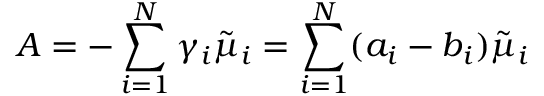
A = - \sum _ { i = 1 } ^ { N } \gamma _ { i } \tilde { \mu } _ { i } = \sum _ { i = 1 } ^ { N } ( a _ { i } - b _ { i } ) \tilde { \mu } _ { i }